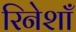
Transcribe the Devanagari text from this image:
रिनेशाँ